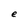
Character: e